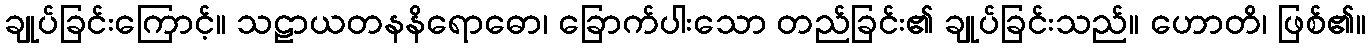
ချုပ်ခြင်းကြောင့်။ သဠာယတနနိရောဓော၊ ခြောက်ပါးသော တည်ခြင်း၏ ချုပ်ခြင်းသည်။ ဟောတိ၊ ဖြစ်၏။